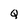
Character: Q